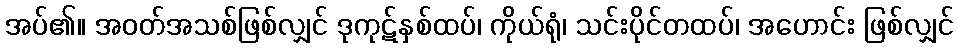
အပ်၏။ အဝတ်အသစ်ဖြစ်လျှင် ဒုကုဋ်နှစ်ထပ်၊ ကိုယ်ရုံ၊ သင်းပိုင်တထပ်၊ အဟောင်း ဖြစ်လျှင်